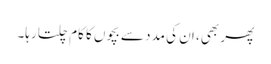
پھر بھی، ان کی مدد سے بچوں کا کام چلتا رہا۔